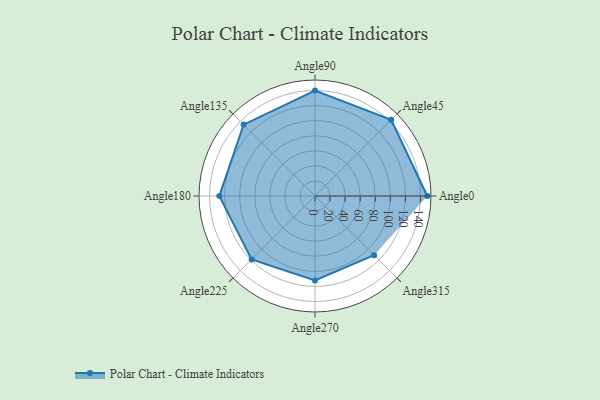
{"axis": {"x": "Angle", "y": "Radius"}, "legend": [""], "data": [{"x": "Angle0", "y": 149.0, "type": ""}, {"x": "Angle45", "y": 143.0, "type": ""}, {"x": "Angle90", "y": 140.0, "type": ""}, {"x": "Angle135", "y": 134.0, "type": ""}, {"x": "Angle180", "y": 127.0, "type": ""}, {"x": "Angle225", "y": 119.0, "type": ""}, {"x": "Angle270", "y": 112.0, "type": ""}, {"x": "Angle315", "y": 111.0, "type": ""}]}